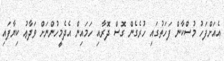
އެއަށްފަހު މުސްކާން ފަހަތުގައި ހުރެގެން ގޮސް ދޮރާއި ހަމައިން އެދެމީހުންނަށް ވަދާޢު ކިޔާފައި